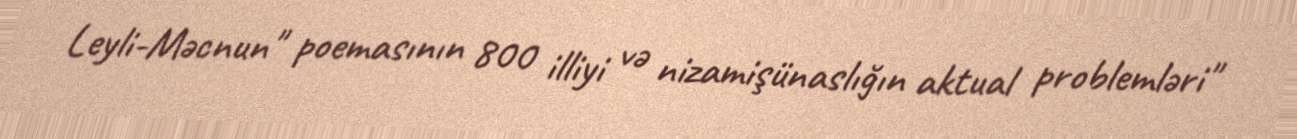
Leyli-Məcnun" poemasının 800 illiyi və nizamişünaslığın aktual problemləri"